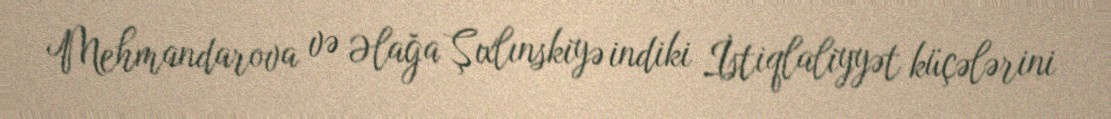
Mehmandarova və Əlağa Şıxlınskiyə indiki İstiqlaliyyət küçələrini